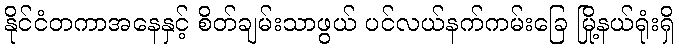
နိုင်ငံတကာအနေနှင့် စိတ်ချမ်းသာဖွယ် ပင်လယ်နက်ကမ်းခြေ မြို့နယ်ရုံးရှိ